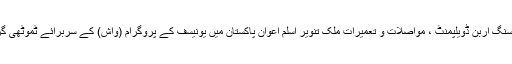
لاہور کی تصاویر، لاہور: صوبائی وزیر برائے ہاؤسنگ اربن ڈویلپمنٹ ، مواصلات و تعمیرات ملک تنویر اسلم اعوان پاکستان میں یونیسف کے پروگرام (واش) کے سربرائے ٹموٹھی گریو کی سربراہی میں وفد سے ملاقات کر رہے ہیں۔